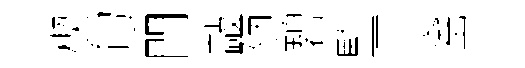
楔句門敲陋碧監三窰